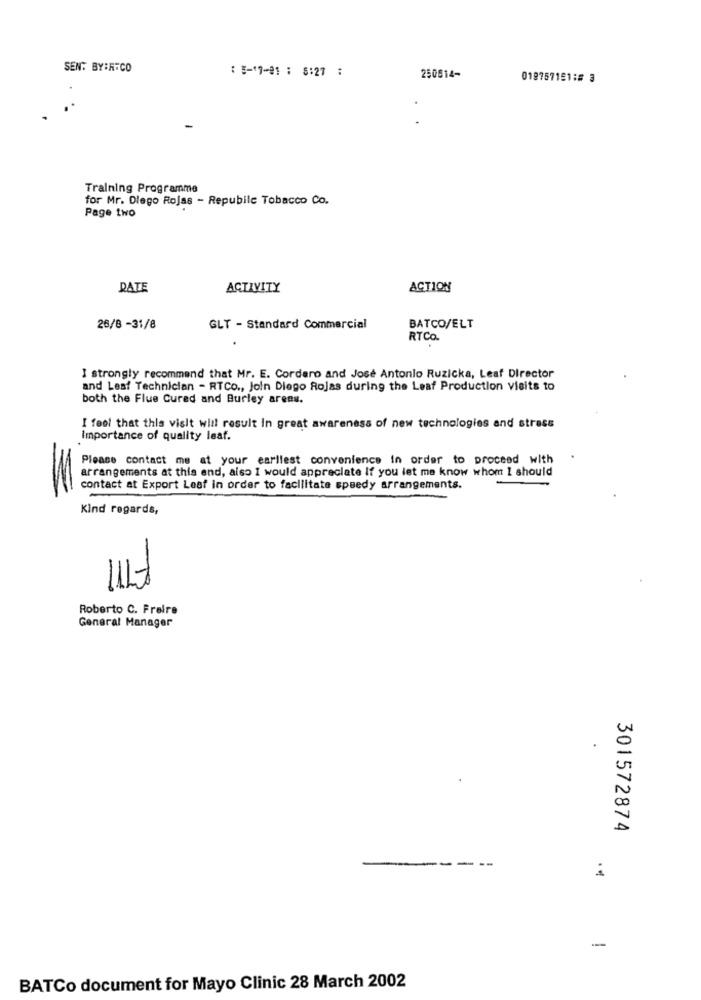
SEN: BY:RTCO
: 5-17-81 : 8:27 :
250814-
019757151:# 3
Training Programme
for Mr. Diego Rojas - Repubile Tobacco Co.
Page two
DATE
ACTIVITY
ACTION
26/8 -31/8
GLT - Standard Commercial
BATCO/ELT
RTCO.
I strongly recommend that Mr. E. Cordaro and Jose Antonio Ruzicka, Leaf Director
and Lest Technician - RTCo ., Join Diego Rojas during the Leaf Production visits to
both the Flue Cured and Burley areas.
I feel that this visit will result in great awareness of new technologies and stress
Importance of quality leaf.
Please contact me at your earliest convenience In order to proceed with
.
arrangements at this end, also I would appreciate If you let me know whom I should
contact at Export Leaf in order to facilitate speedy arrangements.
Kind regards,
11Lt
Roberto C. Freire
General Manager
301572874
-
BATCo document for Mayo Clinic 28 March 2002